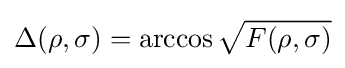
\Delta (\rho ,\sigma )=\arccos {\sqrt {F(\rho ,\sigma )}}